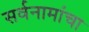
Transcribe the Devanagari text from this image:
सर्वनामांचा